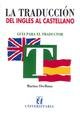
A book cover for La traduccion del ingles al castellano (Spanish Edition); Marina Orellana; Reference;